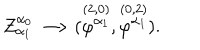
Z _ { \alpha _ { 1 } } ^ { \alpha _ { 0 } } \longrightarrow ( \stackrel { ( 2 , 0 ) } { \varphi ^ { \alpha _ { 1 } } } , \stackrel { ( 0 , 2 ) } { \varphi ^ { \alpha _ { 1 } } } ) .